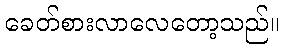
ခေတ်စားလာလေတော့သည်။